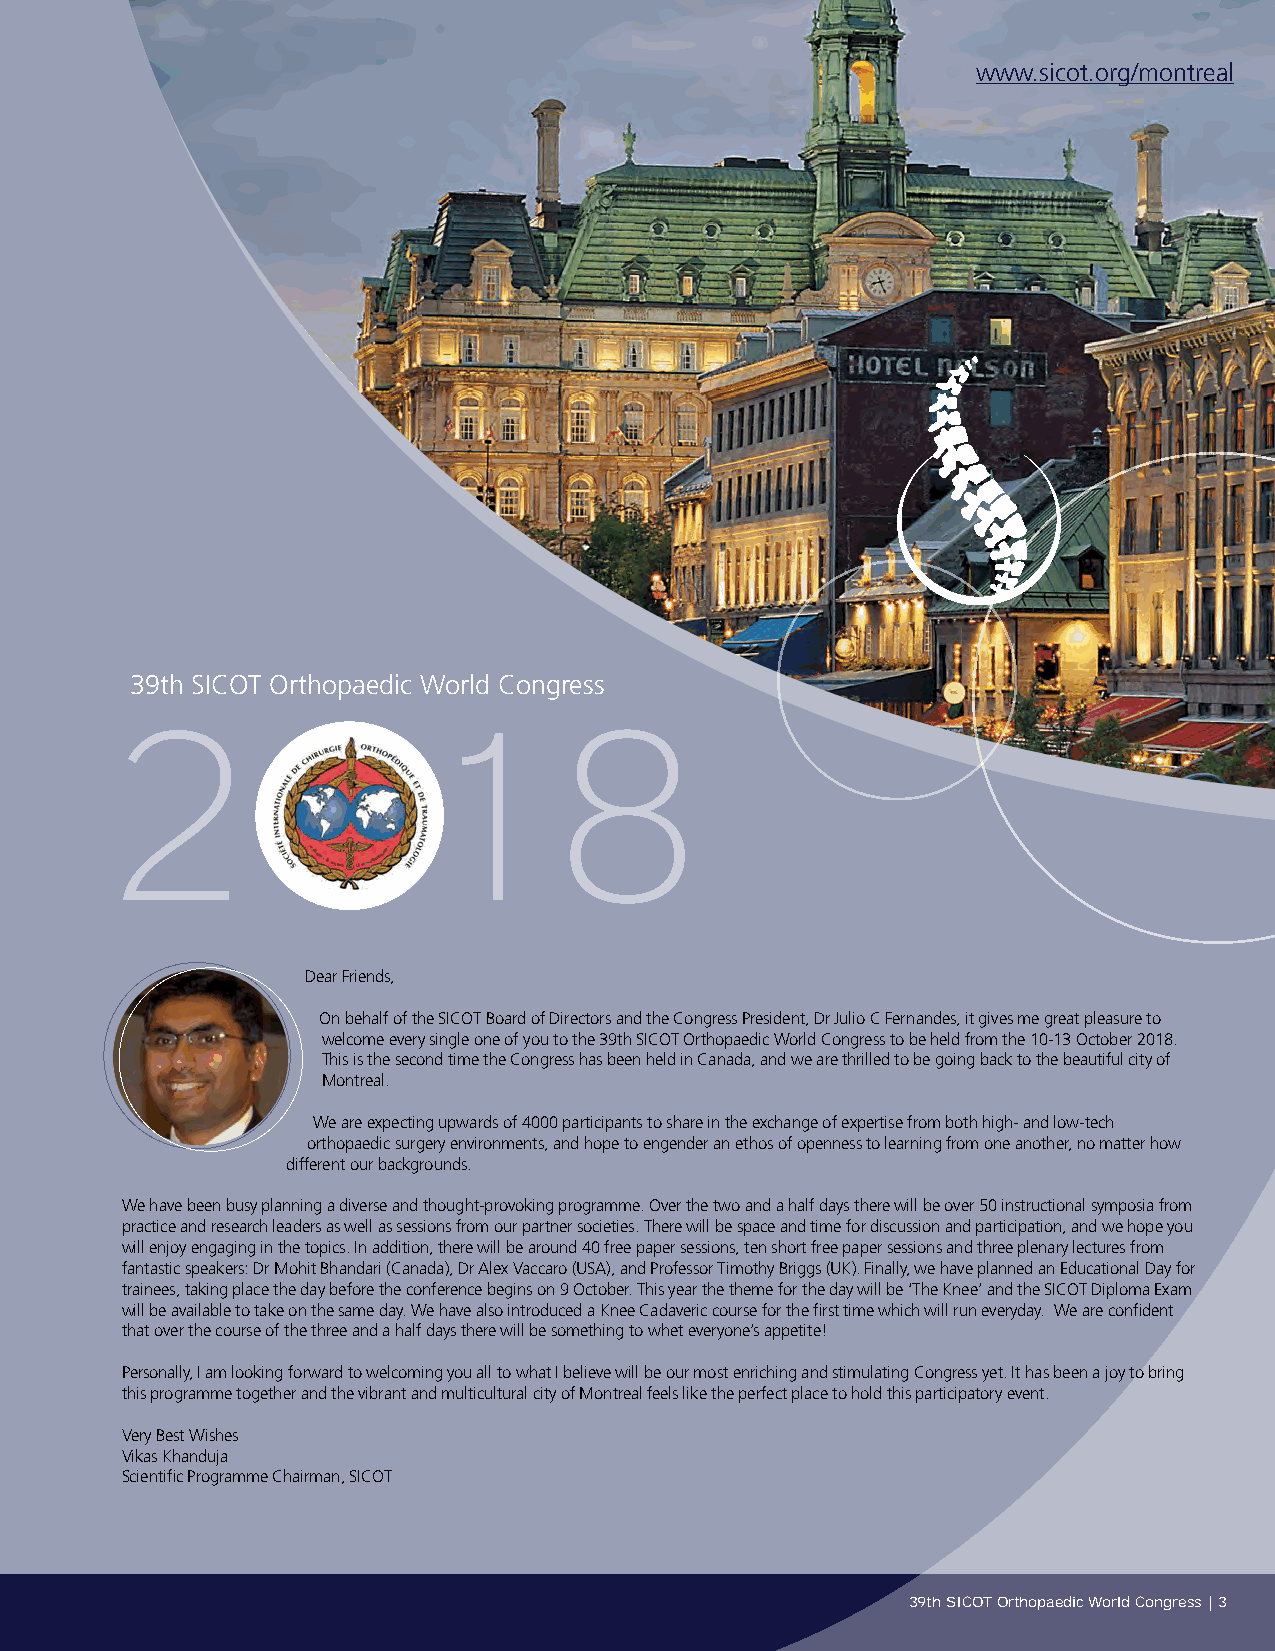
www.sicot.org/montreal
 OCTOBER 10-13 - Montreal, Canada
 39th SICOT Orthopaedic World Congress
 Dear Friends,
 On behalf of the SICOT Board of Directors and the Congress President, Dr Julio C Fernandes, it gives me great pleasure to
 welcome every single one of you to the 39th SICOT Orthopaedic World Congress to be held from the 10-13 October 2018.
 This is the second time the Congress has been held in Canada, and we are thrilled to be going back to the beautiful city of
 Montreal.
 We are expecting upwards of 4000 participants to share in the exchange of expertise from both high- and low-tech
 orthopaedic surgery environments, and hope to engender an ethos of openness to learning from one another, no matter how
 different our backgrounds.
 We have been busy planning a diverse and thought-provoking programme. Over the two and a half days there will be over 50 instructional symposia from
 practice and research leaders as well as sessions from our partner societies. There will be space and time for discussion and participation, and we hope you
 will enjoy engaging in the topics. In addition, there will be around 40 free paper sessions, ten short free paper sessions and three plenary lectures from
 fantastic speakers: Dr Mohit Bhandari (Canada), Dr Alex Vaccaro (USA), and Professor Timothy Briggs (UK). Finally, we have planned an Educational Day for
 trainees, taking place the day before the conference begins on 9 October. This year the theme for the day will be ‘The Knee’ and the SICOT Diploma Exam
 will be available to take on the same day. We have also introduced a Knee Cadaveric course for the first time which will run everyday. We are confident
 that over the course of the three and a half days there will be something to whet everyone’s appetite!
 Personally, I am looking forward to welcoming you all to what I believe will be our most enriching and stimulating Congress yet. It has been a joy to bring
 this programme together and the vibrant and multicultural city of Montreal feels like the perfect place to hold this participatory event.
 Very Best Wishes
 Vikas Khanduja
 Scientific Programme Chairman, SICOT
 3 | 39th SICOT Orthopaedic World Congress
 39th SICOT Orthopaedic World Congress | 3